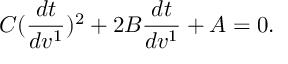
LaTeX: C ( \frac { d t } { d v ^ { 1 } } ) ^ { 2 } + 2 B \frac { d t } { d v ^ { 1 } } + A = 0 .